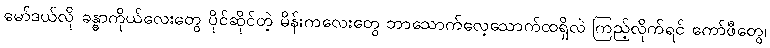
မော်ဒယ်လို ခန္ဓာကိုယ်လေးတွေ ပိုင်ဆိုင်တဲ့ မိန်းကလေးတွေ ဘာသောက်လေ့သောက်ထရှိလဲ ကြည့်လိုက်ရင် ကော်ဖီတွေ၊